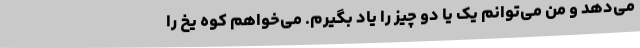
می‌دهد و من می‌توانم یک یا دو چیز را یاد بگیرم. می‌خواهم کوه یخ را